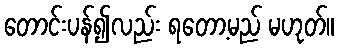
တောင်းပန်၍လည်း ရတော့မည် မဟုတ်။